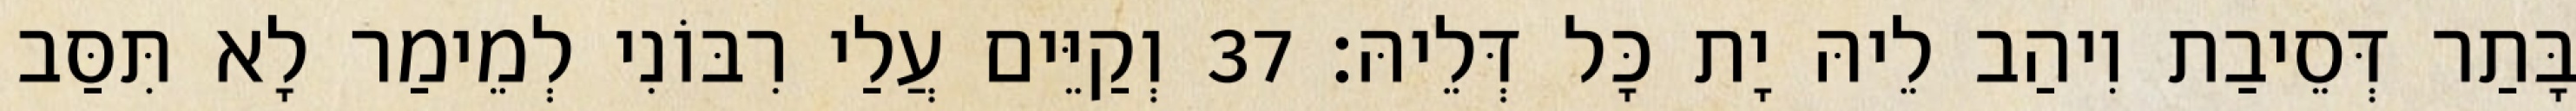
בָּתַר דְּסֵיבַת וִיהַב לֵיהּ יָת כָּל דְּלֵיהּ׃ 37 וְקַיֵּים עֲלַי רִבּוֹנִי לְמֵימַר לָא תִּסַּב